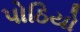
પોઠિયો